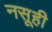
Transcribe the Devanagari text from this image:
नसूही